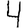
Digit: 4